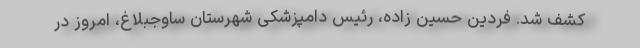
کشف شد. فردین حسین زاده، رئیس دامپزشکی شهرستان ساوجبلاغ، امروز در